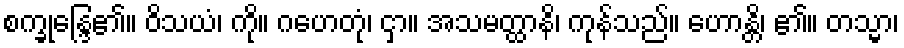
စက္ခုန္ဒြေ၏။ ဝိသယံ၊ ကို။ ဂဟေတုံ၊ ငှာ။ အသမတ္ထာနိ၊ ကုန်သည်။ ဟောန္တိ၊ ၏။ တသ္မာ၊